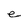
Character: e